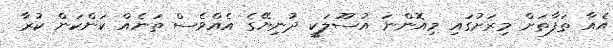
އެއާ ތަފާތަށް މިރަށުގައި މިއޮންނަ އުސޫލަކީ ދުނިޔޭގެ އެއްވެސް ތަނެއް ކަންކަން ކުރާ